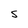
Character: S